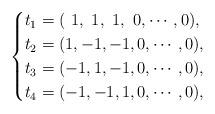
LaTeX: \begin{align*}\begin{cases}t_1=(~1,~1,~1,~0,\cdots,0), \\ t_2=(1,-1,-1,0,\cdots,0), \\ t_3=(-1,1,-1,0,\cdots,0),\\ t_4=(-1,-1,1,0,\cdots,0),\end{cases}\end{align*}